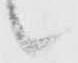
候